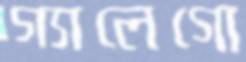
গ্যালেগো